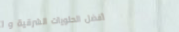
أفضل الحلويات الشرقية و ا